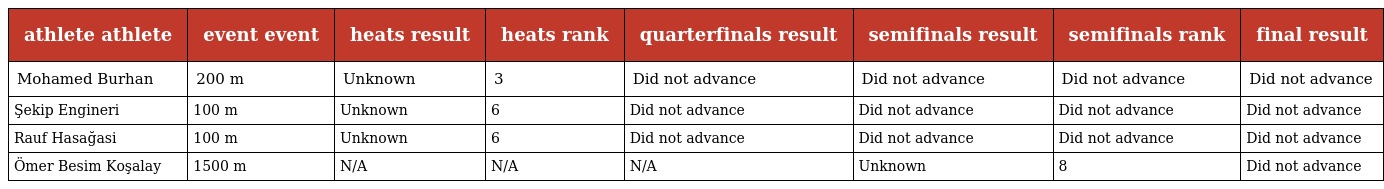
| athlete athlete | event event | heats result | heats rank | quarterfinals result | semifinals result | semifinals rank | final result |
 | --- | --- | --- | --- | --- | --- | --- | --- |
 | Mohamed Burhan | 200 m | Unknown | 3 | Did not advance | Did not advance | Did not advance | Did not advance |
 | Şekip Engineri | 100 m | Unknown | 6 | Did not advance | Did not advance | Did not advance | Did not advance |
 | Rauf Hasağasi | 100 m | Unknown | 6 | Did not advance | Did not advance | Did not advance | Did not advance |
 | Ömer Besim Koşalay | 1500 m | N/A | N/A | N/A | Unknown | 8 | Did not advance |